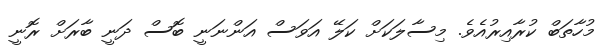
މުހާތަބް ކުރާއިރުއެވެ. މިސާލަކަށް ކަލޭ އަވަސް އަންނަނީ ބޮސް ދަނީ ބާރަށް ރޮނީ